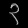
Digit: ၃